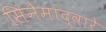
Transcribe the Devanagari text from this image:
सिनेमांद्वारे